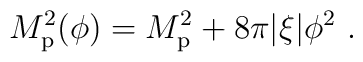
M_{\rm p}^2(\phi) = M_{\rm p}^2 + 8\pi|\xi|\phi^2 \ .